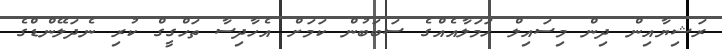
ރަޝިޔާއިން ދިން މިސައިލް ހަމަލާއެއްގެ ސަބަބުން ކަމަށް އެހާދިސާ ތަހްގީގް ކުރި ނެދަލޭންޑްގެ